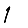
Digit: 1